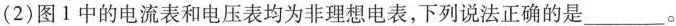
(2)图1中的电流表和电压表均为非理想电表，下列说法正确的是___。